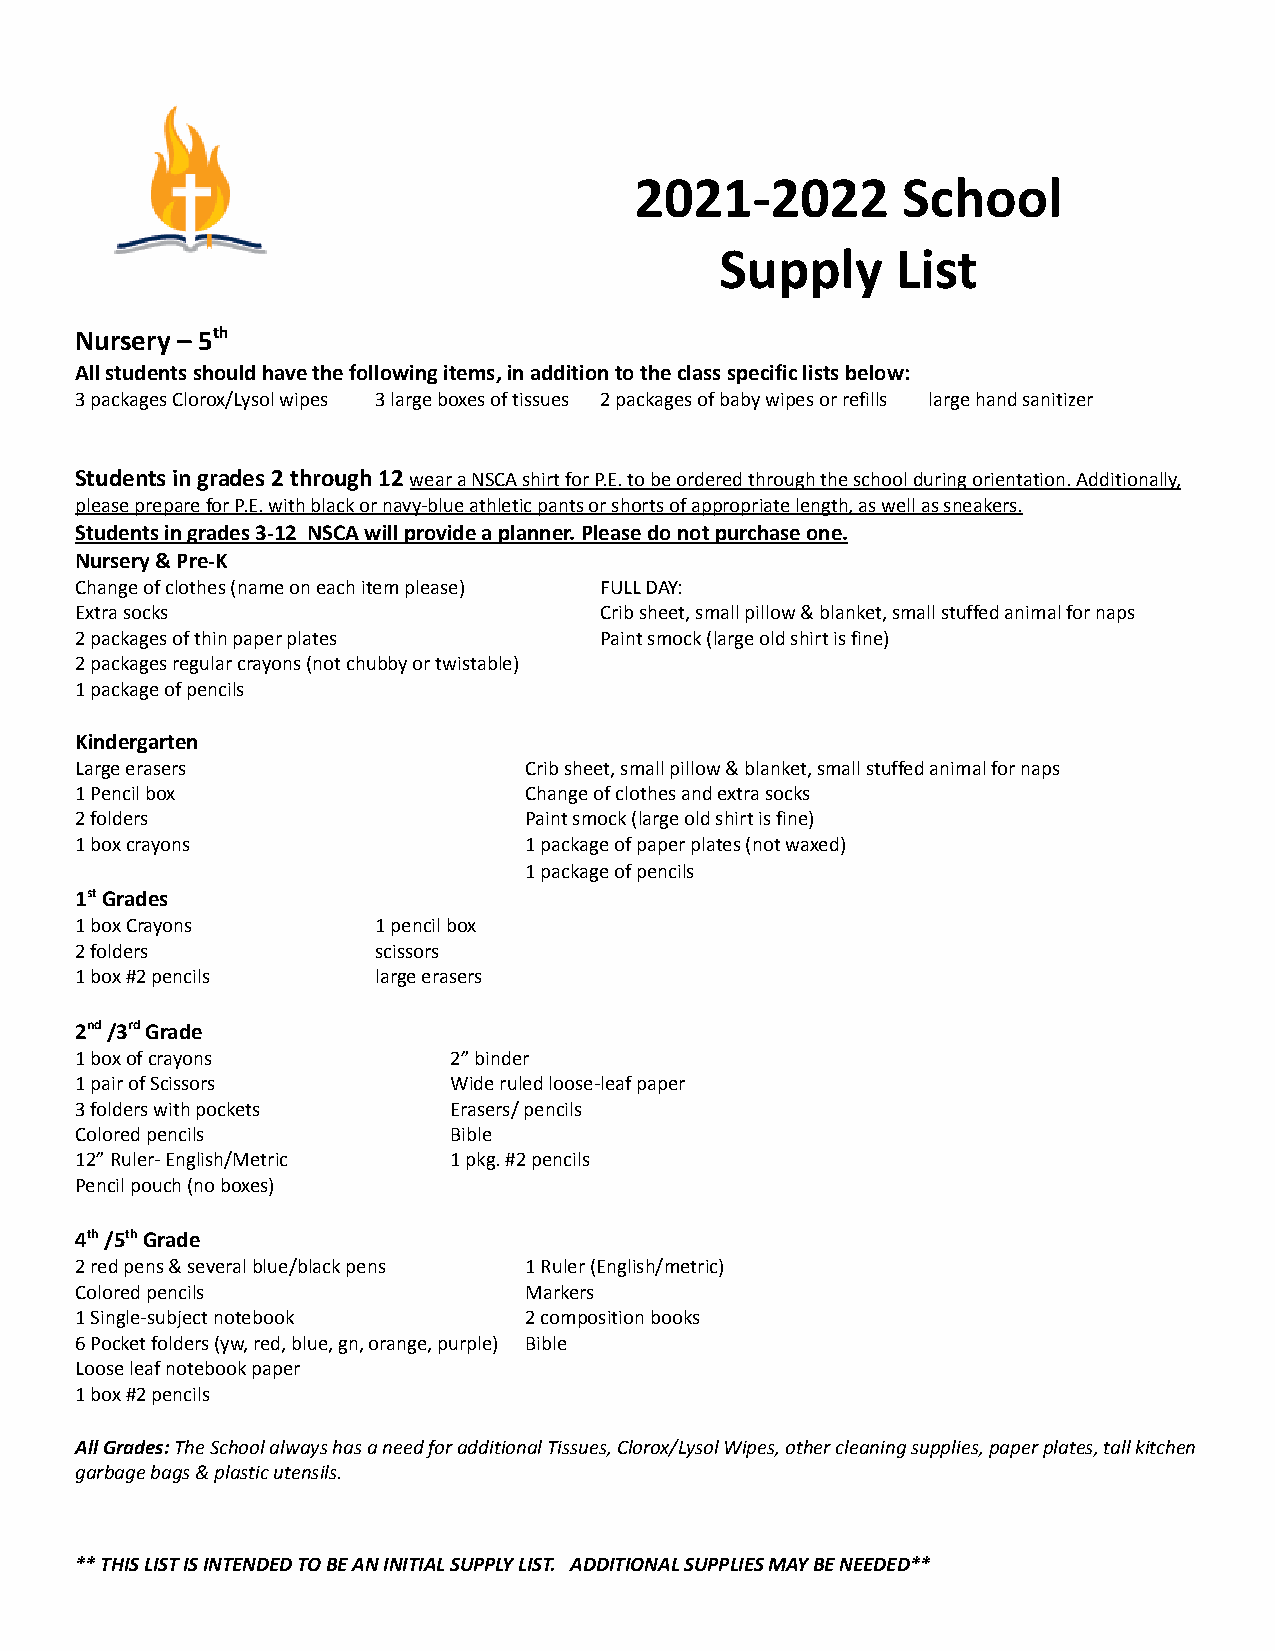
2021-2022         School
 Supply     List
 Nursery – 5th
 All students should have the following items, in additionto the class specific lists below:
 3 packages Clorox/Lysol wipes 3 large boxes of tissues 2 packages of baby wipes or refills large handsanitizer
 Students in grades 2 through 12wear a NSCA shirtfor P.E. to be ordered through the school during orientation.Additionally,
 please prepare for P.E. with black or navy-blue athleticpants or shorts of appropriate length, as well assneakers.
 Students in grades 3-12 NSCA will provide a planner.Please do not purchase one.
 Nursery & Pre-K
 Change of clothes (name on each item please) FULLDAY:
 Extra socks                        Crib sheet, small pillow & blanket,small stuffed animal for naps
 2 packages of thin paper plates    Paint smock (largeold shirt is fine)
 2 packages regular crayons (not chubby or twistable)
 1 package of pencils
 Kindergarten
 Large erasers                 Crib sheet, small pillow & blanket,small stuffed animal for naps
 1 Pencil box                  Change of clothesand extra socks
 2 folders                     Paint smock (large oldshirt is fine)
 1 box crayons                 1 package of paper plates (not waxed)
 1 package of pencils
 1stGrades
 1 box Crayons       1 pencil box
 2 folders           scissors
 1 box #2 pencils    large erasers
 2nd/3rdGrade
 1 box of crayons         2” binder
 1 pair of Scissors       Wide ruled loose-leaf paper
 3 folders with pockets   Erasers/ pencils
 Colored pencils          Bible
 12” Ruler- English/Metric 1 pkg. #2 pencils
 Pencil pouch (no boxes)
 4th/5thGrade
 2 red pens & several blue/black pens 1 Ruler (English/metric)
 Colored pencils               Markers
 1 Single-subject notebook     2 composition books
 6 Pocket folders (yw, red, blue, gn, orange, purple) Bible
 Loose leaf notebook paper
 1 box #2 pencils
 All Grades:The School always has a need for additionalTissues, Clorox/Lysol Wipes, other cleaning supplies,paper plates, tall kitchen
 garbage bags & plastic utensils.
 ** THIS LIST IS INTENDED TO BE AN INITIAL SUPPLY LIST. ADDITIONAL SUPPLIES MAY BE NEEDED**